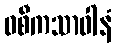
ဝစီကသာဝါနံ